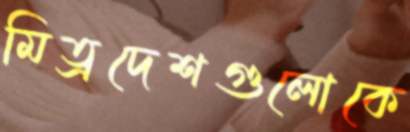
মিত্রদেশগুলোকে